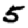
Digit: 5